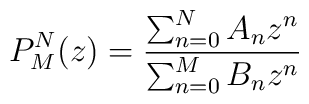
P_{M}^{N}(z)=\frac{\sum_{n=0}^{N}A_{n}z^{n}}{\sum_{n=0}^{M}B_{n}z^{n}}